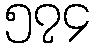
၅၇၄